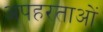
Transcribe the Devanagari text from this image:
अपहरताओं